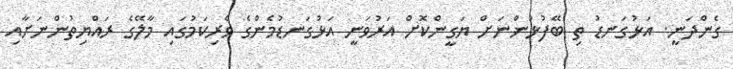
ގެންދަނީ. އަޅުގަނޑު ތި ބޭފުޅުންނަށް ޔަގީންކޮށް އަރުވަނީ އަޅުގަނޑުމެންގެ ވެރިކަމުގައި މާލޭގެ ރައްޔިތުންނަށާއި